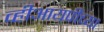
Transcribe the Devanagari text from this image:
व्हीआयपींच्या